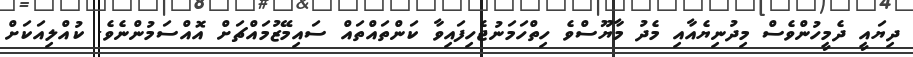
ދިޔައީ ދެމީހުންވެސް މިދުނިޔެއާއި މެދު މާޔޫސްވެ ހިތްހަމަނުޖެހިފައިވާ ކަންތައްތައް ސައިމޭޒުމައްޗަށް އޮއްސަމުންނެވެ. ކުއްލިއަކަށް